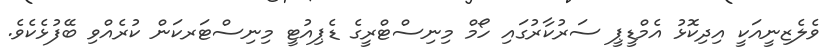
ވެލެޒިނީއަކީ އިދިކޮޅު އެމްޑީޕީ ސަރުކާރުގައި ހޯމް މިނިސްޓްރީގެ ޑެޕިއުޓީ މިނިސްޓަރކަން ކުރެއްވި ބޭފުޅެކެވެ.